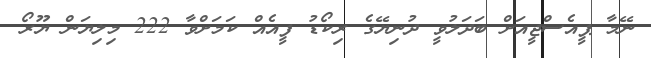
ނޭމާ ޕީއެސްޖީއަށް ބަދަލުވީ ދުނިޔޭގެ ރިކޯޑު ފީއެއް ކަމަށްވާ 222 މިލިޔަން ޔޫރޯ